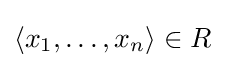
\langle x_{1},\ldots ,x_{n}\rangle \in R